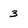
Character: 3